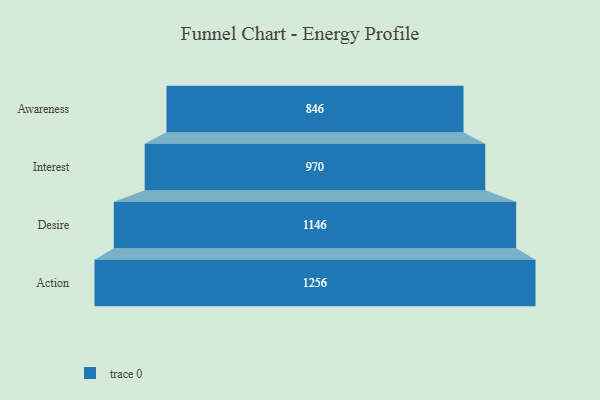
{"axis": {"x": "Stage", "y": "Value"}, "legend": [""], "data": [{"x": "Awareness", "y": 846.0, "type": ""}, {"x": "Interest", "y": 970.0, "type": ""}, {"x": "Desire", "y": 1146.0, "type": ""}, {"x": "Action", "y": 1256.0, "type": ""}]}